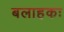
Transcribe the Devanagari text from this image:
बलाहकः